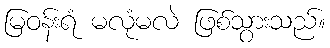
မြဝန်းရံ မလုံမလဲ ဖြစ်သွားသည်။